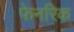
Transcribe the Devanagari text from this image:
फेनरिक